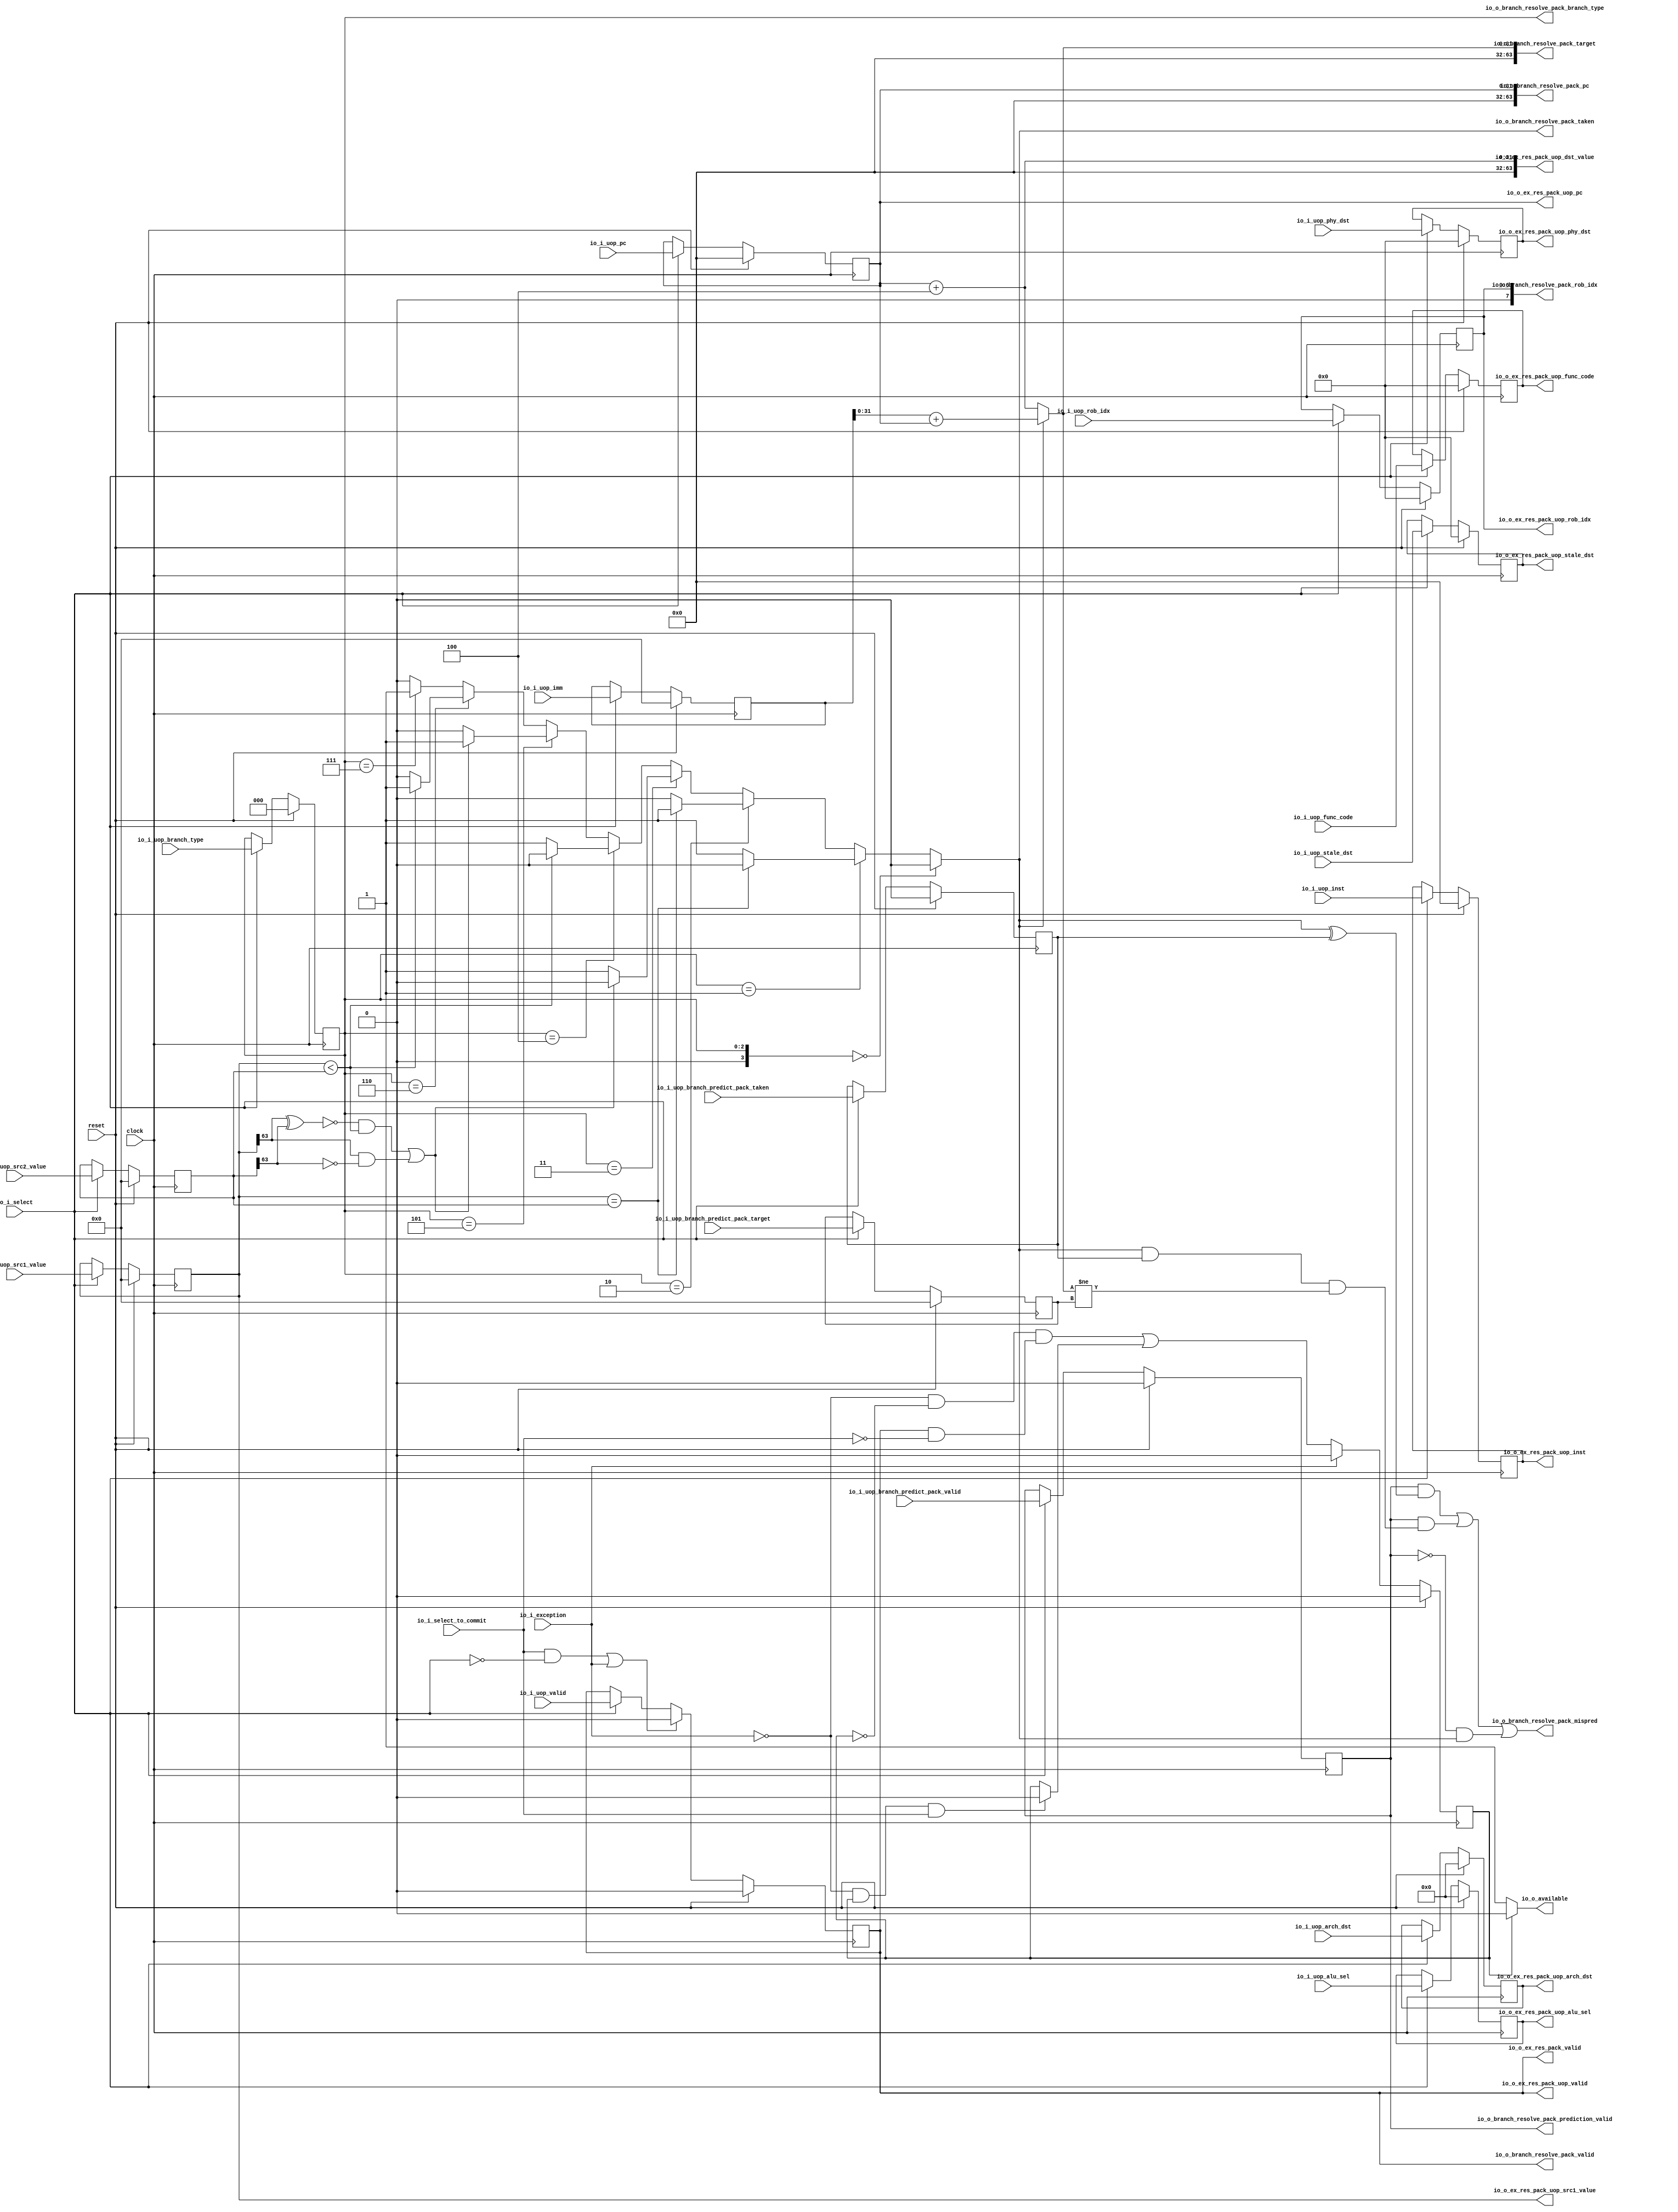
module BRU(
  input         clock,
  input         reset,
  output        io_o_branch_resolve_pack_valid,
  output        io_o_branch_resolve_pack_mispred,
  output        io_o_branch_resolve_pack_taken,
  output [63:0] io_o_branch_resolve_pack_pc,
  output [63:0] io_o_branch_resolve_pack_target,
  output [7:0]  io_o_branch_resolve_pack_rob_idx,
  output        io_o_branch_resolve_pack_prediction_valid,
  output [2:0]  io_o_branch_resolve_pack_branch_type,
  input         io_i_uop_valid,
  input  [31:0] io_i_uop_pc,
  input  [31:0] io_i_uop_inst,
  input  [6:0]  io_i_uop_func_code,
  input         io_i_uop_branch_predict_pack_valid,
  input  [63:0] io_i_uop_branch_predict_pack_target,
  input         io_i_uop_branch_predict_pack_taken,
  input  [6:0]  io_i_uop_phy_dst,
  input  [6:0]  io_i_uop_stale_dst,
  input  [4:0]  io_i_uop_arch_dst,
  input  [6:0]  io_i_uop_rob_idx,
  input  [63:0] io_i_uop_imm,
  input  [63:0] io_i_uop_src1_value,
  input  [63:0] io_i_uop_src2_value,
  input  [4:0]  io_i_uop_alu_sel,
  input  [2:0]  io_i_uop_branch_type,
  input         io_i_select,
  input         io_i_select_to_commit,
  output        io_o_ex_res_pack_valid,
  output        io_o_ex_res_pack_uop_valid,
  output [31:0] io_o_ex_res_pack_uop_pc,
  output [31:0] io_o_ex_res_pack_uop_inst,
  output [6:0]  io_o_ex_res_pack_uop_func_code,
  output [6:0]  io_o_ex_res_pack_uop_phy_dst,
  output [6:0]  io_o_ex_res_pack_uop_stale_dst,
  output [4:0]  io_o_ex_res_pack_uop_arch_dst,
  output [6:0]  io_o_ex_res_pack_uop_rob_idx,
  output [63:0] io_o_ex_res_pack_uop_dst_value,
  output [63:0] io_o_ex_res_pack_uop_src1_value,
  output [4:0]  io_o_ex_res_pack_uop_alu_sel,
  output        io_o_available,
  input         io_i_exception
);
`ifdef RANDOMIZE_REG_INIT
  reg [31:0] _RAND_0;
  reg [31:0] _RAND_1;
  reg [31:0] _RAND_2;
  reg [31:0] _RAND_3;
  reg [31:0] _RAND_4;
  reg [31:0] _RAND_5;
  reg [63:0] _RAND_6;
  reg [31:0] _RAND_7;
  reg [31:0] _RAND_8;
  reg [31:0] _RAND_9;
  reg [31:0] _RAND_10;
  reg [31:0] _RAND_11;
  reg [63:0] _RAND_12;
  reg [63:0] _RAND_13;
  reg [63:0] _RAND_14;
  reg [31:0] _RAND_15;
  reg [31:0] _RAND_16;
`endif // RANDOMIZE_REG_INIT
  reg  state; // @[execute_unit.scala 136:24]
  reg  uop_valid; // @[execute_unit.scala 140:23]
  reg [31:0] uop_pc; // @[execute_unit.scala 140:23]
  reg [31:0] uop_inst; // @[execute_unit.scala 140:23]
  reg [6:0] uop_func_code; // @[execute_unit.scala 140:23]
  reg  uop_branch_predict_pack_valid; // @[execute_unit.scala 140:23]
  reg [63:0] uop_branch_predict_pack_target; // @[execute_unit.scala 140:23]
  reg  uop_branch_predict_pack_taken; // @[execute_unit.scala 140:23]
  reg [6:0] uop_phy_dst; // @[execute_unit.scala 140:23]
  reg [6:0] uop_stale_dst; // @[execute_unit.scala 140:23]
  reg [4:0] uop_arch_dst; // @[execute_unit.scala 140:23]
  reg [6:0] uop_rob_idx; // @[execute_unit.scala 140:23]
  reg [63:0] uop_imm; // @[execute_unit.scala 140:23]
  reg [63:0] uop_src1_value; // @[execute_unit.scala 140:23]
  reg [63:0] uop_src2_value; // @[execute_unit.scala 140:23]
  reg [4:0] uop_alu_sel; // @[execute_unit.scala 140:23]
  reg [2:0] uop_branch_type; // @[execute_unit.scala 140:23]
  wire [31:0] _io_o_ex_res_pack_uop_dst_value_T_1 = uop_pc + 32'h4; // @[execute_unit.scala 148:46]
  wire  br_eq = uop_src1_value == uop_src2_value; // @[execute_unit.scala 153:21]
  wire  br_ltu = uop_src1_value < uop_src2_value; // @[execute_unit.scala 154:30]
  wire  _br_lt_T_8 = uop_src1_value[63] & ~uop_src2_value[63]; // @[execute_unit.scala 156:25]
  wire  br_lt = ~(uop_src1_value[63] ^ uop_src2_value[63]) & br_ltu | _br_lt_T_8; // @[execute_unit.scala 155:49]
  wire [3:0] _GEN_1 = {{1'd0}, uop_branch_type}; // @[execute_unit.scala 168:41]
  wire  _pc_sel_T = _GEN_1 == 4'h0; // @[execute_unit.scala 168:41]
  wire  _pc_sel_T_1 = _GEN_1 == 4'h1; // @[execute_unit.scala 169:41]
  wire [1:0] _pc_sel_T_3 = ~br_eq ? 2'h1 : 2'h0; // @[execute_unit.scala 169:61]
  wire  _pc_sel_T_4 = _GEN_1 == 4'h2; // @[execute_unit.scala 170:41]
  wire [1:0] _pc_sel_T_5 = br_eq ? 2'h1 : 2'h0; // @[execute_unit.scala 170:61]
  wire  _pc_sel_T_6 = _GEN_1 == 4'h3; // @[execute_unit.scala 171:41]
  wire [1:0] _pc_sel_T_8 = ~br_lt ? 2'h1 : 2'h0; // @[execute_unit.scala 171:61]
  wire  _pc_sel_T_9 = _GEN_1 == 4'h4; // @[execute_unit.scala 172:41]
  wire [1:0] _pc_sel_T_11 = ~br_ltu ? 2'h1 : 2'h0; // @[execute_unit.scala 172:61]
  wire  _pc_sel_T_12 = _GEN_1 == 4'h5; // @[execute_unit.scala 173:41]
  wire [1:0] _pc_sel_T_13 = br_lt ? 2'h1 : 2'h0; // @[execute_unit.scala 173:61]
  wire  _pc_sel_T_14 = _GEN_1 == 4'h6; // @[execute_unit.scala 174:41]
  wire [1:0] _pc_sel_T_15 = br_ltu ? 2'h1 : 2'h0; // @[execute_unit.scala 174:61]
  wire  _pc_sel_T_16 = _GEN_1 == 4'h7; // @[execute_unit.scala 175:41]
  wire  _pc_sel_T_17 = _GEN_1 == 4'h8; // @[execute_unit.scala 176:41]
  wire [1:0] _pc_sel_T_18 = _pc_sel_T_17 ? 2'h2 : 2'h0; // @[Mux.scala 101:16]
  wire [1:0] _pc_sel_T_19 = _pc_sel_T_16 ? 2'h1 : _pc_sel_T_18; // @[Mux.scala 101:16]
  wire [1:0] _pc_sel_T_20 = _pc_sel_T_14 ? _pc_sel_T_15 : _pc_sel_T_19; // @[Mux.scala 101:16]
  wire [1:0] _pc_sel_T_21 = _pc_sel_T_12 ? _pc_sel_T_13 : _pc_sel_T_20; // @[Mux.scala 101:16]
  wire [1:0] _pc_sel_T_22 = _pc_sel_T_9 ? _pc_sel_T_11 : _pc_sel_T_21; // @[Mux.scala 101:16]
  wire [1:0] _pc_sel_T_23 = _pc_sel_T_6 ? _pc_sel_T_8 : _pc_sel_T_22; // @[Mux.scala 101:16]
  wire [1:0] _pc_sel_T_24 = _pc_sel_T_4 ? _pc_sel_T_5 : _pc_sel_T_23; // @[Mux.scala 101:16]
  wire [1:0] _pc_sel_T_25 = _pc_sel_T_1 ? _pc_sel_T_3 : _pc_sel_T_24; // @[Mux.scala 101:16]
  wire [1:0] pc_sel = _pc_sel_T ? 2'h0 : _pc_sel_T_25; // @[Mux.scala 101:16]
  wire  is_taken = pc_sel != 2'h0; // @[execute_unit.scala 180:23]
  wire  _target_address_T_2 = pc_sel == 2'h1; // @[execute_unit.scala 183:13]
  wire [31:0] _target_address_T_4 = uop_pc; // @[execute_unit.scala 183:57]
  wire [63:0] _GEN_10 = {{32{_target_address_T_4[31]}},_target_address_T_4}; // @[execute_unit.scala 183:49]
  wire [63:0] _target_address_T_8 = $signed(uop_imm) + $signed(_GEN_10); // @[execute_unit.scala 183:65]
  wire  _target_address_T_9 = pc_sel == 2'h2; // @[execute_unit.scala 184:13]
  wire [63:0] _target_address_T_15 = $signed(uop_src1_value) + $signed(uop_src2_value); // @[execute_unit.scala 184:80]
  wire  _target_address_T_16 = pc_sel == 2'h0; // @[execute_unit.scala 185:13]
  wire [31:0] _target_address_T_19 = _target_address_T_16 ? _io_o_ex_res_pack_uop_dst_value_T_1 :
    _io_o_ex_res_pack_uop_dst_value_T_1; // @[Mux.scala 101:16]
  wire [63:0] _target_address_T_20 = _target_address_T_9 ? _target_address_T_15 : {{32'd0}, _target_address_T_19}; // @[Mux.scala 101:16]
  wire [63:0] _target_address_T_21 = _target_address_T_2 ? _target_address_T_8 : _target_address_T_20; // @[Mux.scala 101:16]
  wire [31:0] target_address = _target_address_T_21[31:0]; // @[execute_unit.scala 181:28 182:18]
  wire [63:0] _GEN_11 = {{32'd0}, target_address}; // @[execute_unit.scala 196:114]
  wire  _mispredict_T_5 = uop_branch_predict_pack_valid & (is_taken & uop_branch_predict_pack_taken & _GEN_11 !=
    uop_branch_predict_pack_target); // @[execute_unit.scala 196:49]
  wire  _mispredict_T_6 = uop_branch_predict_pack_valid & (is_taken ^ uop_branch_predict_pack_taken) | _mispredict_T_5; // @[execute_unit.scala 195:95]
  wire  _mispredict_T_8 = ~uop_branch_predict_pack_valid & is_taken; // @[execute_unit.scala 197:49]
  wire  _next_state_T = ~io_i_exception; // @[execute_unit.scala 220:10]
  wire  _next_state_T_5 = ~io_i_exception & ~state & (uop_valid & ~io_i_select_to_commit); // @[execute_unit.scala 220:50]
  wire  _next_state_T_9 = _next_state_T & state & io_i_select_to_commit; // @[execute_unit.scala 221:50]
  wire  _next_state_T_10 = _next_state_T_9 ? 1'h0 : state; // @[Mux.scala 101:16]
  wire  _next_state_T_12 = io_i_exception ? 1'h0 : _next_state_T_5 | _next_state_T_10; // @[Mux.scala 101:16]
  wire [1:0] next_state = {{1'd0}, _next_state_T_12}; // @[execute_unit.scala 137:26 218:16]
  wire [1:0] _GEN_12 = reset ? 2'h0 : next_state; // @[execute_unit.scala 136:{24,24} 138:11]
  assign io_o_branch_resolve_pack_valid = uop_valid; // @[execute_unit.scala 199:33 201:41]
  assign io_o_branch_resolve_pack_mispred = _mispredict_T_6 | _mispredict_T_8; // @[execute_unit.scala 196:151]
  assign io_o_branch_resolve_pack_taken = pc_sel != 2'h0; // @[execute_unit.scala 180:23]
  assign io_o_branch_resolve_pack_pc = {{32'd0}, uop_pc}; // @[execute_unit.scala 199:33 202:41]
  assign io_o_branch_resolve_pack_target = {{32'd0}, target_address}; // @[execute_unit.scala 199:33 205:41]
  assign io_o_branch_resolve_pack_rob_idx = {{1'd0}, uop_rob_idx}; // @[execute_unit.scala 199:33 206:41]
  assign io_o_branch_resolve_pack_prediction_valid = uop_branch_predict_pack_valid; // @[execute_unit.scala 199:33 208:41]
  assign io_o_branch_resolve_pack_branch_type = uop_branch_type; // @[execute_unit.scala 199:33 207:41]
  assign io_o_ex_res_pack_valid = uop_valid; // @[execute_unit.scala 225:28]
  assign io_o_ex_res_pack_uop_valid = uop_valid; // @[execute_unit.scala 147:26]
  assign io_o_ex_res_pack_uop_pc = uop_pc; // @[execute_unit.scala 147:26]
  assign io_o_ex_res_pack_uop_inst = uop_inst; // @[execute_unit.scala 147:26]
  assign io_o_ex_res_pack_uop_func_code = uop_func_code; // @[execute_unit.scala 147:26]
  assign io_o_ex_res_pack_uop_phy_dst = uop_phy_dst; // @[execute_unit.scala 147:26]
  assign io_o_ex_res_pack_uop_stale_dst = uop_stale_dst; // @[execute_unit.scala 147:26]
  assign io_o_ex_res_pack_uop_arch_dst = uop_arch_dst; // @[execute_unit.scala 147:26]
  assign io_o_ex_res_pack_uop_rob_idx = uop_rob_idx; // @[execute_unit.scala 147:26]
  assign io_o_ex_res_pack_uop_dst_value = {{32'd0}, _io_o_ex_res_pack_uop_dst_value_T_1}; // @[execute_unit.scala 148:36]
  assign io_o_ex_res_pack_uop_src1_value = uop_src1_value; // @[execute_unit.scala 147:26]
  assign io_o_ex_res_pack_uop_alu_sel = uop_alu_sel; // @[execute_unit.scala 147:26]
  assign io_o_available = state ? 1'h0 : 1'h1; // @[execute_unit.scala 224:26]
  always @(posedge clock) begin
    state <= _GEN_12[0]; // @[execute_unit.scala 136:{24,24} 138:11]
    if (reset) begin // @[execute_unit.scala 140:23]
      uop_valid <= 1'h0; // @[execute_unit.scala 140:23]
    end else if (io_i_select_to_commit & ~io_i_select | io_i_exception) begin // @[execute_unit.scala 144:66]
      uop_valid <= 1'h0; // @[execute_unit.scala 145:23]
    end else if (io_i_select) begin // @[execute_unit.scala 142:20]
      uop_valid <= io_i_uop_valid;
    end
    if (reset) begin // @[execute_unit.scala 140:23]
      uop_pc <= 32'h0; // @[execute_unit.scala 140:23]
    end else if (io_i_select) begin // @[execute_unit.scala 142:20]
      uop_pc <= io_i_uop_pc;
    end
    if (reset) begin // @[execute_unit.scala 140:23]
      uop_inst <= 32'h0; // @[execute_unit.scala 140:23]
    end else if (io_i_select) begin // @[execute_unit.scala 142:20]
      uop_inst <= io_i_uop_inst;
    end
    if (reset) begin // @[execute_unit.scala 140:23]
      uop_func_code <= 7'h0; // @[execute_unit.scala 140:23]
    end else if (io_i_select) begin // @[execute_unit.scala 142:20]
      uop_func_code <= io_i_uop_func_code;
    end
    if (reset) begin // @[execute_unit.scala 140:23]
      uop_branch_predict_pack_valid <= 1'h0; // @[execute_unit.scala 140:23]
    end else if (io_i_select) begin // @[execute_unit.scala 142:20]
      uop_branch_predict_pack_valid <= io_i_uop_branch_predict_pack_valid;
    end
    if (reset) begin // @[execute_unit.scala 140:23]
      uop_branch_predict_pack_target <= 64'h0; // @[execute_unit.scala 140:23]
    end else if (io_i_select) begin // @[execute_unit.scala 142:20]
      uop_branch_predict_pack_target <= io_i_uop_branch_predict_pack_target;
    end
    if (reset) begin // @[execute_unit.scala 140:23]
      uop_branch_predict_pack_taken <= 1'h0; // @[execute_unit.scala 140:23]
    end else if (io_i_select) begin // @[execute_unit.scala 142:20]
      uop_branch_predict_pack_taken <= io_i_uop_branch_predict_pack_taken;
    end
    if (reset) begin // @[execute_unit.scala 140:23]
      uop_phy_dst <= 7'h0; // @[execute_unit.scala 140:23]
    end else if (io_i_select) begin // @[execute_unit.scala 142:20]
      uop_phy_dst <= io_i_uop_phy_dst;
    end
    if (reset) begin // @[execute_unit.scala 140:23]
      uop_stale_dst <= 7'h0; // @[execute_unit.scala 140:23]
    end else if (io_i_select) begin // @[execute_unit.scala 142:20]
      uop_stale_dst <= io_i_uop_stale_dst;
    end
    if (reset) begin // @[execute_unit.scala 140:23]
      uop_arch_dst <= 5'h0; // @[execute_unit.scala 140:23]
    end else if (io_i_select) begin // @[execute_unit.scala 142:20]
      uop_arch_dst <= io_i_uop_arch_dst;
    end
    if (reset) begin // @[execute_unit.scala 140:23]
      uop_rob_idx <= 7'h0; // @[execute_unit.scala 140:23]
    end else if (io_i_select) begin // @[execute_unit.scala 142:20]
      uop_rob_idx <= io_i_uop_rob_idx;
    end
    if (reset) begin // @[execute_unit.scala 140:23]
      uop_imm <= 64'h0; // @[execute_unit.scala 140:23]
    end else if (io_i_select) begin // @[execute_unit.scala 142:20]
      uop_imm <= io_i_uop_imm;
    end
    if (reset) begin // @[execute_unit.scala 140:23]
      uop_src1_value <= 64'h0; // @[execute_unit.scala 140:23]
    end else if (io_i_select) begin // @[execute_unit.scala 142:20]
      uop_src1_value <= io_i_uop_src1_value;
    end
    if (reset) begin // @[execute_unit.scala 140:23]
      uop_src2_value <= 64'h0; // @[execute_unit.scala 140:23]
    end else if (io_i_select) begin // @[execute_unit.scala 142:20]
      uop_src2_value <= io_i_uop_src2_value;
    end
    if (reset) begin // @[execute_unit.scala 140:23]
      uop_alu_sel <= 5'h0; // @[execute_unit.scala 140:23]
    end else if (io_i_select) begin // @[execute_unit.scala 142:20]
      uop_alu_sel <= io_i_uop_alu_sel;
    end
    if (reset) begin // @[execute_unit.scala 140:23]
      uop_branch_type <= 3'h0; // @[execute_unit.scala 140:23]
    end else if (io_i_select) begin // @[execute_unit.scala 142:20]
      uop_branch_type <= io_i_uop_branch_type;
    end
  end
// Register and memory initialization
`ifdef RANDOMIZE_GARBAGE_ASSIGN
`define RANDOMIZE
`endif
`ifdef RANDOMIZE_INVALID_ASSIGN
`define RANDOMIZE
`endif
`ifdef RANDOMIZE_REG_INIT
`define RANDOMIZE
`endif
`ifdef RANDOMIZE_MEM_INIT
`define RANDOMIZE
`endif
`ifndef RANDOM
`define RANDOM $random
`endif
`ifdef RANDOMIZE_MEM_INIT
  integer initvar;
`endif
`ifndef SYNTHESIS
`ifdef FIRRTL_BEFORE_INITIAL
`FIRRTL_BEFORE_INITIAL
`endif
initial begin
  `ifdef RANDOMIZE
    `ifdef INIT_RANDOM
      `INIT_RANDOM
    `endif
    `ifndef VERILATOR
      `ifdef RANDOMIZE_DELAY
        #`RANDOMIZE_DELAY begin end
      `else
        #0.002 begin end
      `endif
    `endif
`ifdef RANDOMIZE_REG_INIT
  _RAND_0 = {1{`RANDOM}};
  state = _RAND_0[0:0];
  _RAND_1 = {1{`RANDOM}};
  uop_valid = _RAND_1[0:0];
  _RAND_2 = {1{`RANDOM}};
  uop_pc = _RAND_2[31:0];
  _RAND_3 = {1{`RANDOM}};
  uop_inst = _RAND_3[31:0];
  _RAND_4 = {1{`RANDOM}};
  uop_func_code = _RAND_4[6:0];
  _RAND_5 = {1{`RANDOM}};
  uop_branch_predict_pack_valid = _RAND_5[0:0];
  _RAND_6 = {2{`RANDOM}};
  uop_branch_predict_pack_target = _RAND_6[63:0];
  _RAND_7 = {1{`RANDOM}};
  uop_branch_predict_pack_taken = _RAND_7[0:0];
  _RAND_8 = {1{`RANDOM}};
  uop_phy_dst = _RAND_8[6:0];
  _RAND_9 = {1{`RANDOM}};
  uop_stale_dst = _RAND_9[6:0];
  _RAND_10 = {1{`RANDOM}};
  uop_arch_dst = _RAND_10[4:0];
  _RAND_11 = {1{`RANDOM}};
  uop_rob_idx = _RAND_11[6:0];
  _RAND_12 = {2{`RANDOM}};
  uop_imm = _RAND_12[63:0];
  _RAND_13 = {2{`RANDOM}};
  uop_src1_value = _RAND_13[63:0];
  _RAND_14 = {2{`RANDOM}};
  uop_src2_value = _RAND_14[63:0];
  _RAND_15 = {1{`RANDOM}};
  uop_alu_sel = _RAND_15[4:0];
  _RAND_16 = {1{`RANDOM}};
  uop_branch_type = _RAND_16[2:0];
`endif // RANDOMIZE_REG_INIT
  `endif // RANDOMIZE
end // initial
`ifdef FIRRTL_AFTER_INITIAL
`FIRRTL_AFTER_INITIAL
`endif
`endif // SYNTHESIS
endmodule